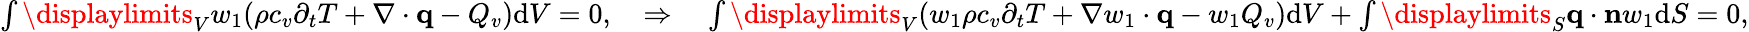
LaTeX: \begin{array}{r}{\int\displaylimits_{V}w_{1}(\rho c_{v}\partial_{t}T+\nabla\cdot\mathbf q-Q_{v})\textrm{d}V=0,\quad\Rightarrow\quad\int\displaylimits_{V}(w_{1}\rho c_{v}\partial_{t}T+\nabla w_{1}\cdot\mathbf q-w_{1}Q_{v})\textrm{d}V+\int\displaylimits_{S}\mathbf q\cdot\mathbf nw_{1}\textrm{d}S=0,}\end{array}